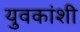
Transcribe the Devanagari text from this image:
युवकांशी